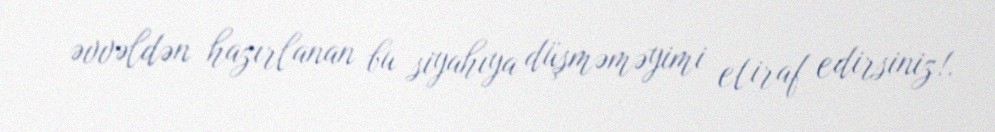
əvvəldən hazırlanan bu siyahıya düşməməyimi etiraf edirsiniz!.